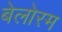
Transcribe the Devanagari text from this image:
बेलोरम